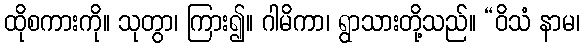
ထိုစကားကို။ သုတွာ၊ ကြား၍။ ဂါမိကာ၊ ရွာသားတို့သည်။ “ဝိသံ နာမ၊